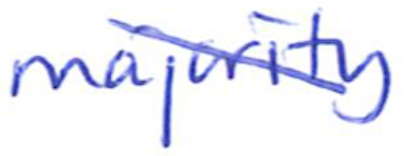
Text: majority
Cross-out: diagonal
Writing tool: ballpoint